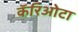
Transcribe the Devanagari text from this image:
कॅरिओटा